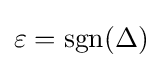
\varepsilon =\mathrm {sgn} (\Delta )